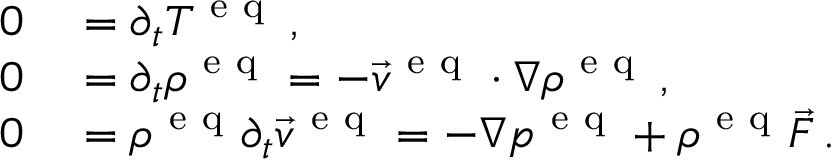
\begin{array} { r l } { 0 } & { { } = \partial _ { t } T ^ { \mathrm { ~ e ~ q ~ } } \, , } \\ { 0 } & { { } = \partial _ { t } \rho ^ { \mathrm { ~ e ~ q ~ } } = - \vec { v } ^ { \mathrm { ~ e ~ q ~ } } \cdot \nabla \rho ^ { \mathrm { ~ e ~ q ~ } } \, , } \\ { 0 } & { { } = \rho ^ { \mathrm { ~ e ~ q ~ } } \partial _ { t } \vec { v } ^ { \mathrm { ~ e ~ q ~ } } = - \nabla p ^ { \mathrm { ~ e ~ q ~ } } + \rho ^ { \mathrm { ~ e ~ q ~ } } \vec { F } \, . } \end{array}